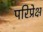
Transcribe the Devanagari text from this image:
परिप्रेक्ष